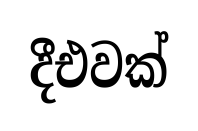
දීඑවක්